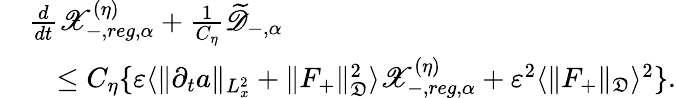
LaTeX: \begin{array}{rl}&{\frac{d}{dt}\mathscr X_{-,reg,\alpha}^{(\eta)}+\frac{1}{C_{\eta}}\widetilde{\mathscr D}_{-,\alpha}}\\ &{\quad\leq C_{\eta}\{ \varepsilon\langle\| \partial_{t}a\| _{L_{x}^{2}}+\| F_{+}\| _{\mathfrak D}^{2}\rangle\mathscr X_{-,reg,\alpha}^{(\eta)}+\varepsilon^{2}\langle\| F_{+}\| _{\mathfrak D}\rangle^{2}\} .}\end{array}